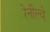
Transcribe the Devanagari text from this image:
रेनील्वे